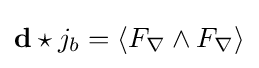
\mathbf {d} \star j_{b}=\langle F_{\nabla }\wedge F_{\nabla }\rangle